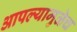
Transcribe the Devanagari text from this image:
आपल्यामुळेच